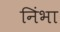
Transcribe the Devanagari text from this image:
निंभा